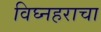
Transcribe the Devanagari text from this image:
विघ्नहराचा